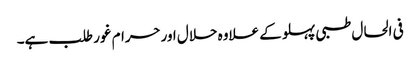
فی الحال طبی پہلو کے علاوہ حلال اورحرام غور طلب ہے۔